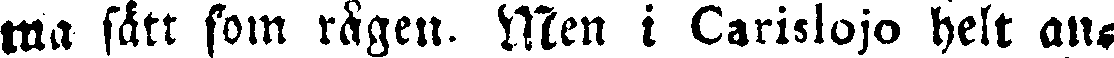
ma sätt som rågen. Men i Carislojo helt an-